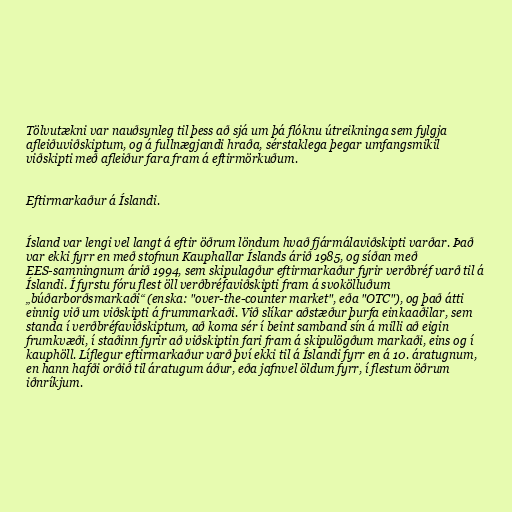
Tölvutækni var nauðsynleg til þess að sjá um þá flóknu útreikninga sem fylgja
afleiðuviðskiptum, og á fullnægjandi hraða, sérstaklega þegar umfangsmikil
viðskipti með afleiður fara fram á eftirmörkuðum.

Eftirmarkaður á Íslandi.

Ísland var lengi vel langt á eftir öðrum löndum hvað fjármálaviðskipti varðar. Það
var ekki fyrr en með stofnun Kauphallar Íslands árið 1985, og síðan með
EES-samningnum árið 1994, sem skipulagður eftirmarkaður fyrir verðbréf varð til á
Íslandi. Í fyrstu fóru flest öll verðbréfaviðskipti fram á svokölluðum
„búðarborðsmarkaði“ (enska: "over-the-counter market", eða "OTC"), og það átti
einnig við um viðskipti á frummarkaði. Við slíkar aðstæður þurfa einkaaðilar, sem
standa í verðbréfaviðskiptum, að koma sér í beint samband sín á milli að eigin
frumkvæði, í staðinn fyrir að viðskiptin fari fram á skipulögðum markaði, eins og í
kauphöll. Líflegur eftirmarkaður varð því ekki til á Íslandi fyrr en á 10. áratugnum,
en hann hafði orðið til áratugum áður, eða jafnvel öldum fyrr, í flestum öðrum
iðnríkjum.